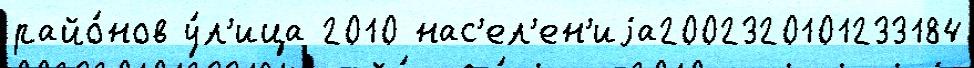
райо́нов у́л'ица 2010 нас'ел'ен'иjа2002320101233184